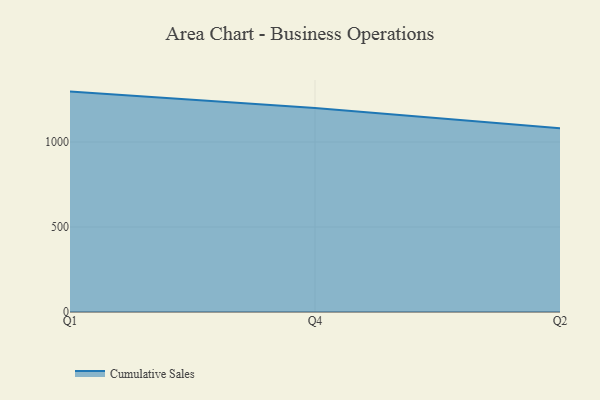
{"axis": {"x": "Quarter", "y": "Website Visitors"}, "legend": ["Cumulative Sales"], "data": [{"x": "Q1", "y": 1296.4, "type": "Cumulative Sales"}, {"x": "Q4", "y": 1200.4, "type": "Cumulative Sales"}, {"x": "Q2", "y": 1081.5, "type": "Cumulative Sales"}]}